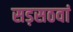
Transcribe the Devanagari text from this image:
सड़सठवां